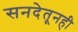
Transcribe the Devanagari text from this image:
सनदेतूनही